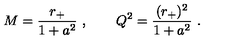
M = { \frac { r _ { + } } { 1 + a ^ { 2 } } } \ , \qquad Q ^ { 2 } = { \frac { ( r _ { + } ) ^ { 2 } } { 1 + a ^ { 2 } } } \ .